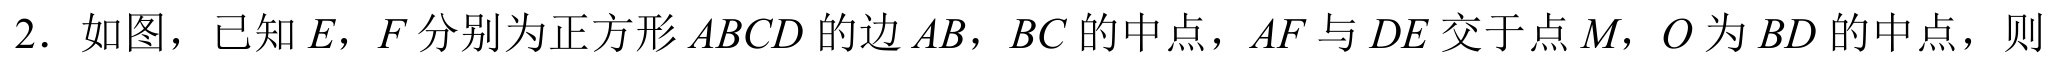
2. 如图，已知\(E\)，\(F\)分别为正方形\(ABCD\)的边\(AB\)，\(BC\)的中点，\(AF\)与\(DE\)交于点\(M\)，\(O\)为\(BD\)的中点，则